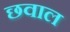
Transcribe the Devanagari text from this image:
छवाल